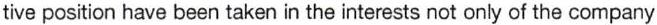
tive position have been taken in the interests not only of the company